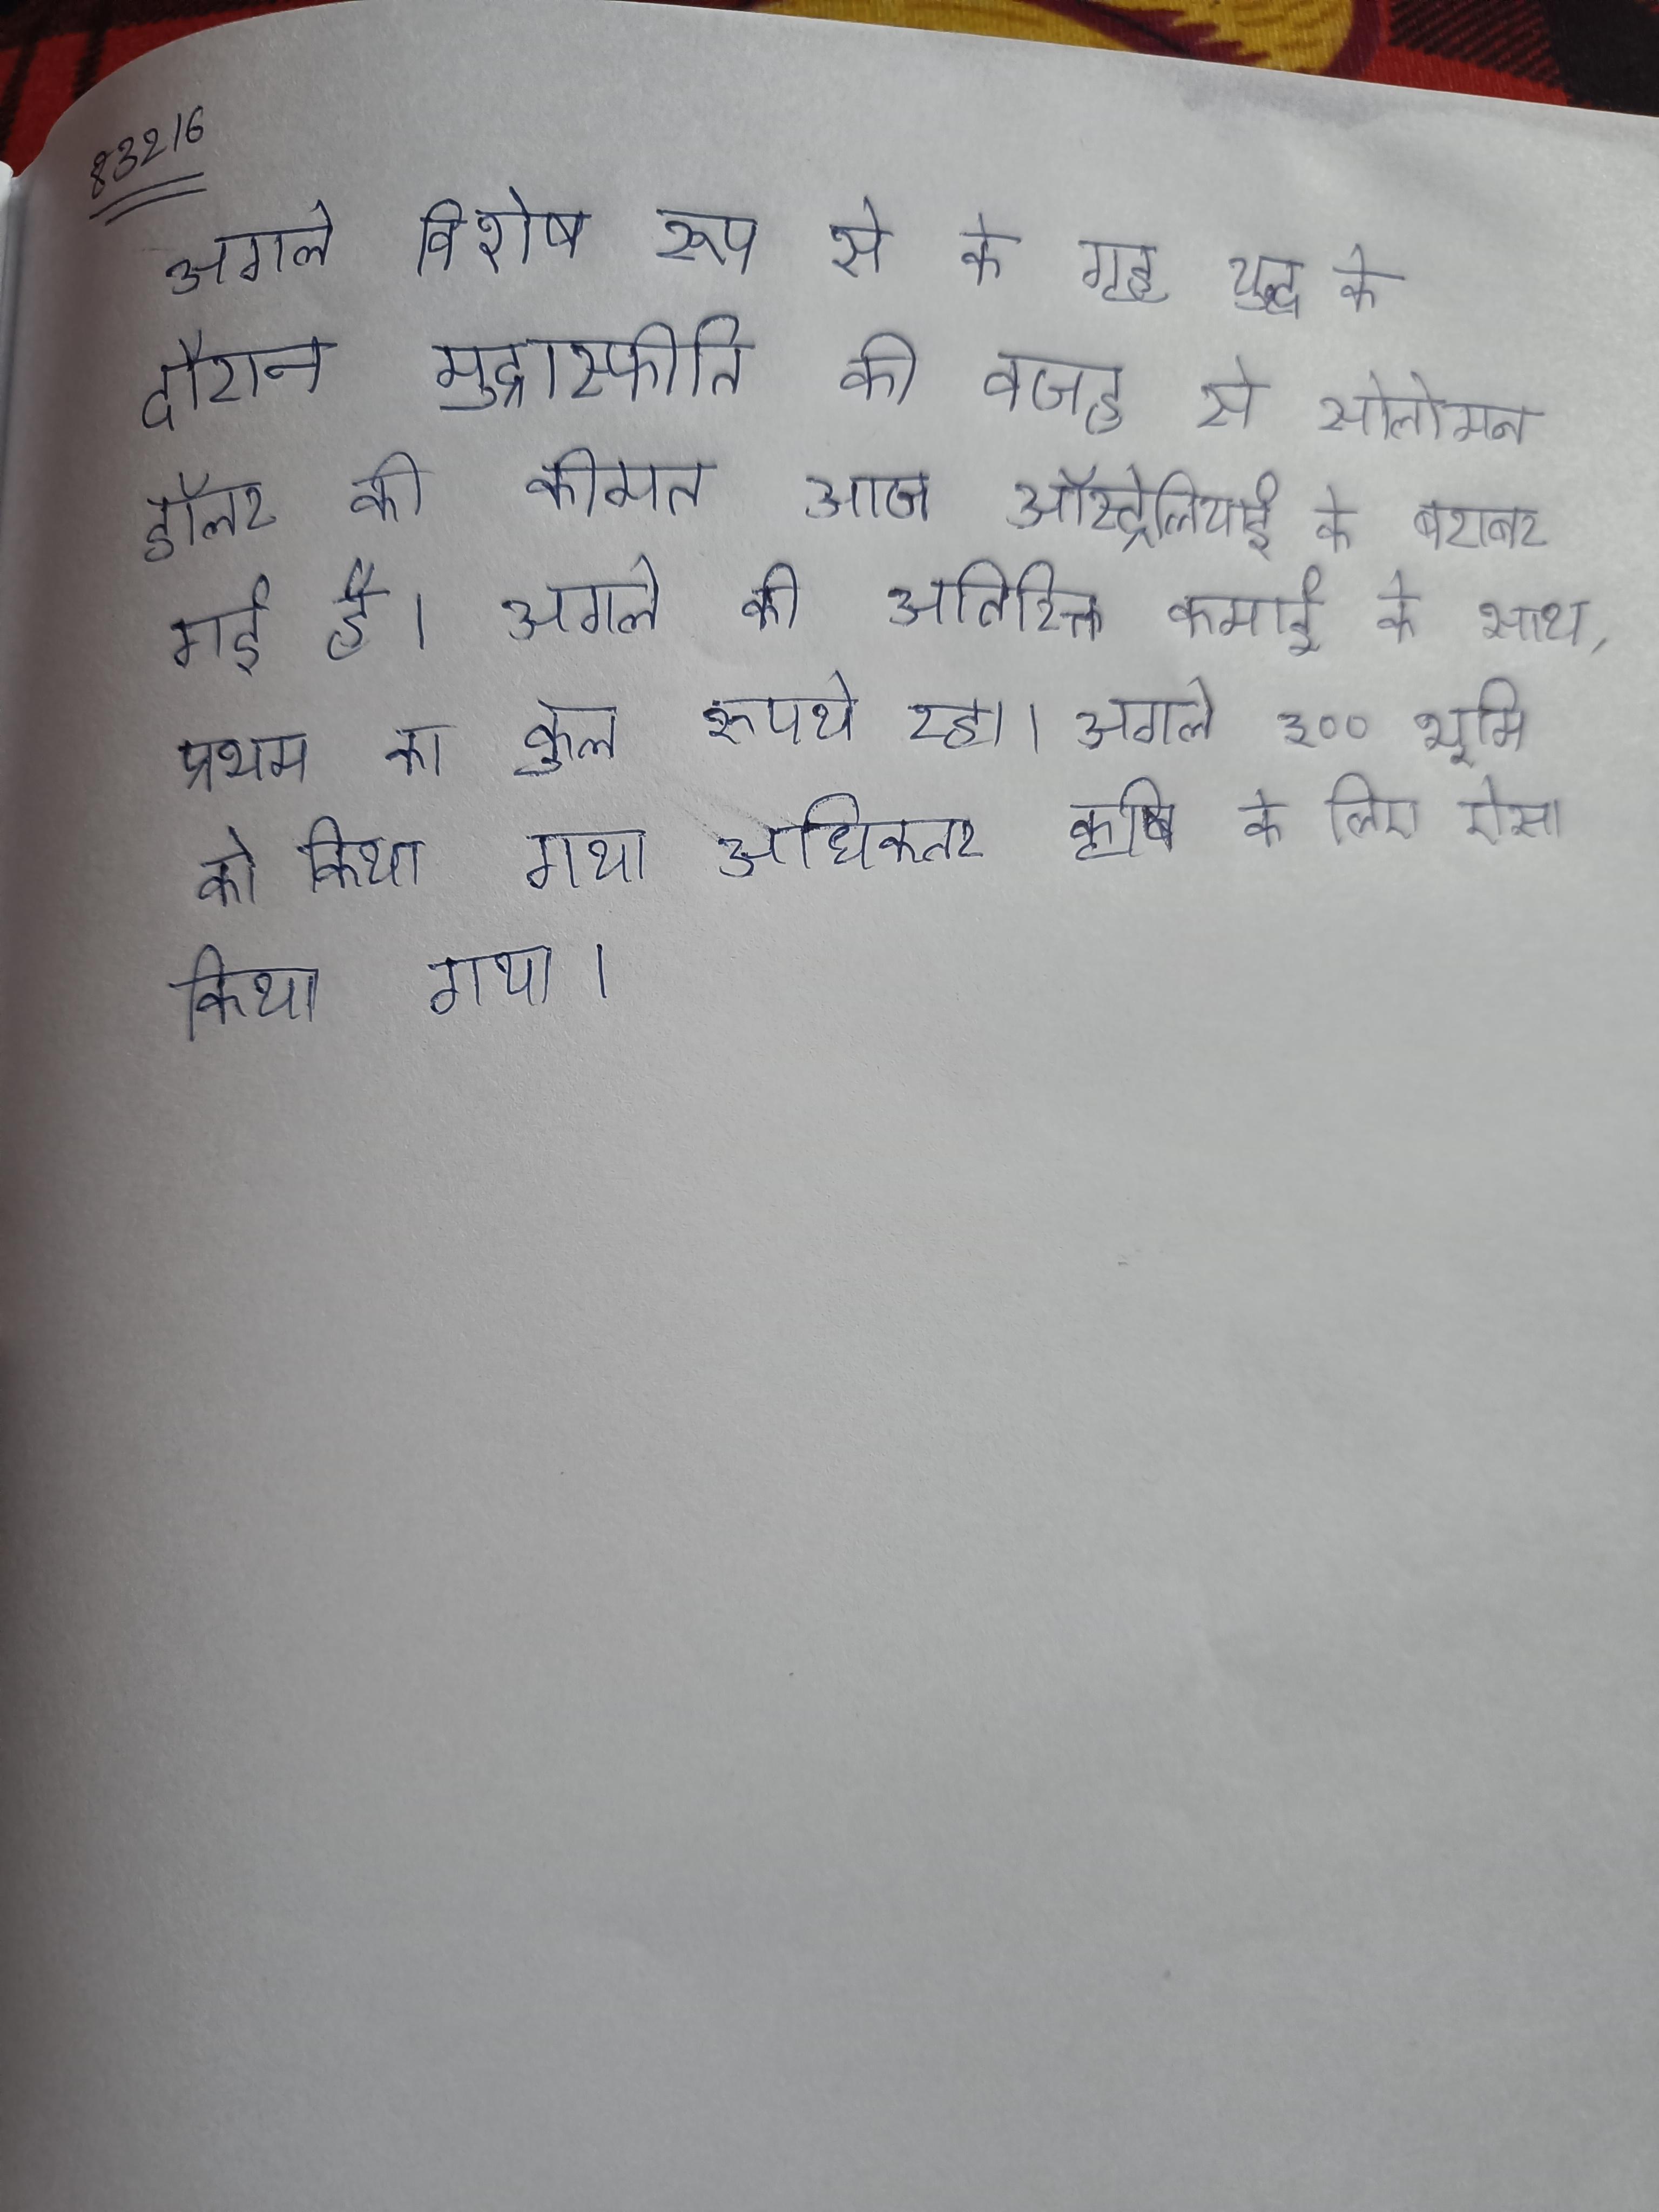
अगले विशेष रूप से के गृह युद्ध के दौरान मुद्रास्फीति की वजह से सोलोमन डॉलर की कीमत आज ऑस्ट्रेलियाई के बराबर गई है । अगले की अतिरिक्त कमाई के साथ, प्रथम का कुल रुपये रहा । अगले ३०० भूमि को किया गया अधिकतर कृषि के लिए ऐसा किया गया ।